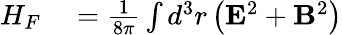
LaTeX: \begin{array}{rl}{H_{F}}&{{}={\frac{1}{8\pi}}\int d^{3}r\left(\mathbf{E}^{2}+\mathbf{B}^{2}\right)}\end{array}